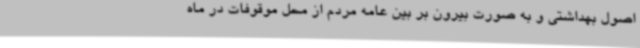
اصول بهداشتی و به صورت بیرون بر بین عامه مردم از محل موقوفات در ماه